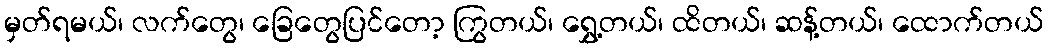
မှတ်ရမယ်၊ လက်တွေ၊ ခြေတွေပြင်တော့ ကြွတယ်၊ ရွှေ့တယ်၊ ထိတယ်၊ ဆန့်တယ်၊ ထောက်တယ်